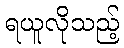
ရယူလိုသည့်